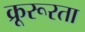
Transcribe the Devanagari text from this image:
क्रूरूरता